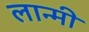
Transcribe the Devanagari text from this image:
लान्मी